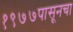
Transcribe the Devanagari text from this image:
१९७७पासूनचा